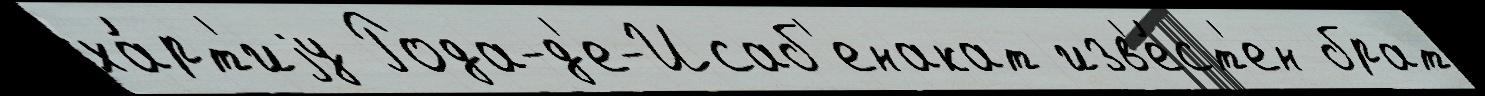
ха́рт'иjу Рода-д'е-Исаб'енакат изв'е́ст'ен брат